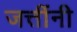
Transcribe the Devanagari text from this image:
जत्तींनी